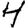
Digit: 4